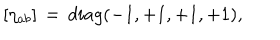
\left[ \eta _ { a b } \right] \, = \, d i a g ( - 1 , + 1 , + 1 , + 1 ) ,